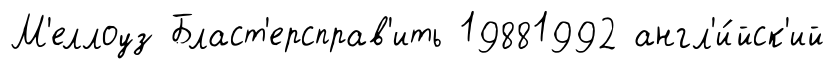
М'еллоуз Бласт'ерсправ'ить 19881992 англ'и́йск'ий